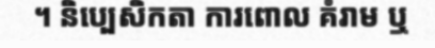
។ និប្បេសិកតា ការពោល គំរាម ឬ